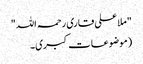
"ملا علی قاری رحمہ اللہ"
(موضوعات کبری۔